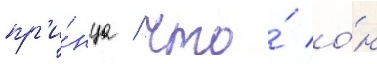
пр'и́нца / что́ о́н